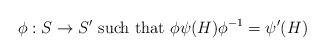
LaTeX: \begin{align*} \phi: S \to S' \mbox{ such that } \phi \psi(H) \phi^{-1}=\psi'(H)\end{align*}